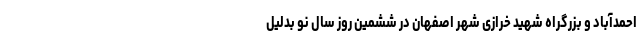
احمدآباد و بزرگراه شهید خرازی شهر اصفهان در ششمین روز سال نو بدلیل